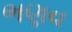
ભણવ